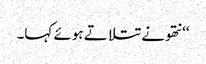
‘‘ نتھو نے تتلاتے ہوئے کہا۔